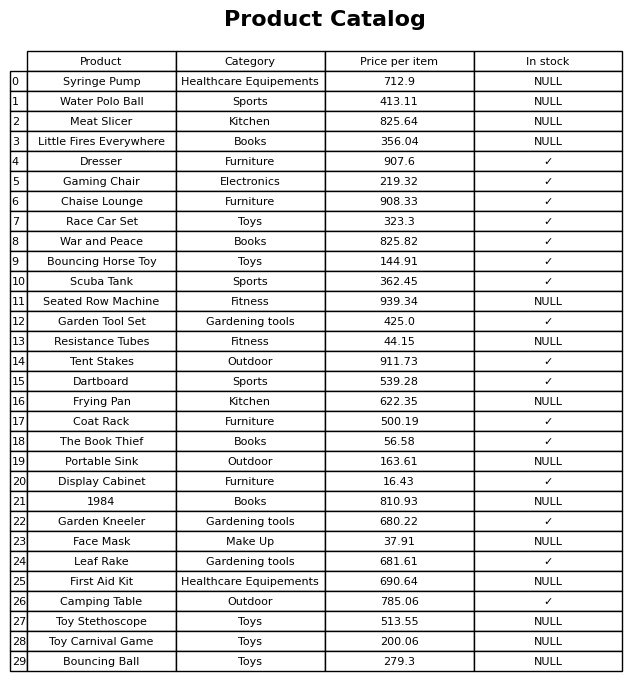
question: Which products are available in stock?
answer: Dresser, Gaming Chair, Chaise Lounge, Race Car Set, War and Peace, Bouncing Horse Toy, Scuba Tank, Garden Tool Set, Tent Stakes, Dartboard, Coat Rack, The Book Thief, Display Cabinet, Garden Kneeler, Leaf Rake, Camping Table